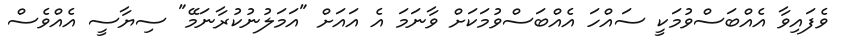
ވެފައިވާ އެއްބަސްވުމަކީ ސައްހަ އެއްބަސްވުމަކަށް ވާނަމަ އެ އައަށް "އަމަލުނުކުރާނަމޭ" ސިޔާސީ އެއްވެސް